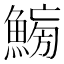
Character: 𱆸